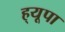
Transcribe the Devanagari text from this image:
ह्‌यूपा